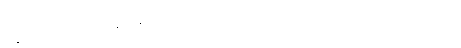
ဥဍ္ဍယှတေ၊ ပူ၏။ နရမတိ၊ မမွေ့လျော်။ ဘောဂါ၊ မင်း၏ စည်းစိမ်တို့သည်။